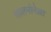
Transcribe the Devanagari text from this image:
सालमोनेल्ला